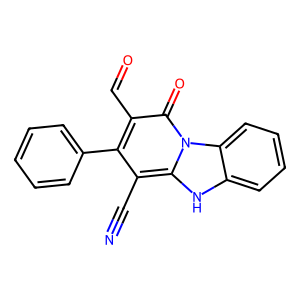
SMILES: N#Cc1c(-c2ccccc2)c(C=O)c(=O)n2c1[nH]c1ccccc12
Inhibits HIV replication: No